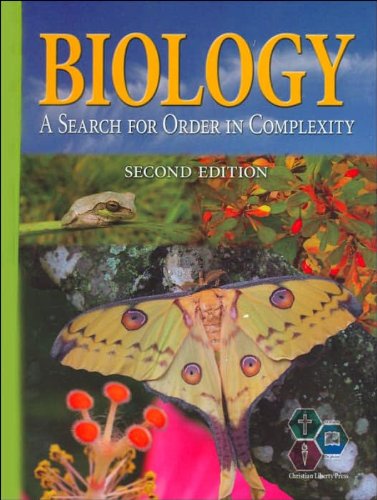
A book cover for Biology: A Search For Order in Complexity, 2nd Edition; Leslie MacKenzie; Christian Books & Bibles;